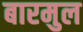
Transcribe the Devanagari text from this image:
बारमुल